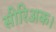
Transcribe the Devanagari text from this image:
सीरिअक।